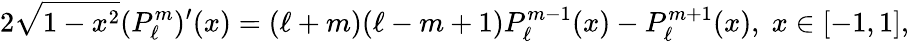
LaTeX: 2\sqrt{1-x^{2}}(P_{\ell}^{m})^{\prime}(x)=(\ell+m)(\ell-m+1)P_{\ell}^{m-1}(x)-P_{\ell}^{m+1}(x),\; x\in[-1,1],